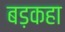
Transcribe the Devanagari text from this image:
बड़कहा